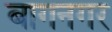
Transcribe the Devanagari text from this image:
बागनगर